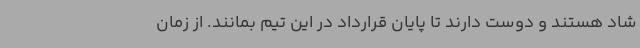
شاد هستند و دوست دارند تا پایان قرارداد در این تیم بمانند. از زمان